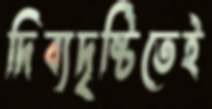
দিব্যদৃষ্টিতেই